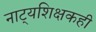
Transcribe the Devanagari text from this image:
नाट्यशिक्षकही